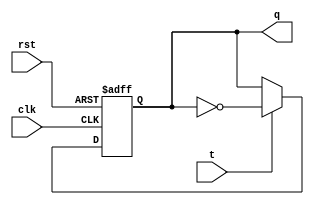
module t_flip_flop (
  input clk,
  input rst,
  input t,
  output reg q
);

  always @(posedge clk or posedge rst)
  begin
    if (rst) begin
      q <= 1'b0; // Reset to default state
    end
    else if (t) begin
      q <= ~q; // Toggle output on T input high
    end
  end

endmodule